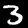
Digit: 3